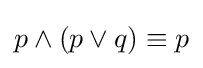
p\wedge (p\vee q)\equiv p